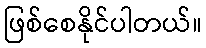
ဖြစ်စေနိုင်ပါတယ်။